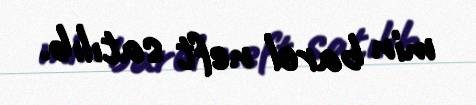
min barel neft satılıb.